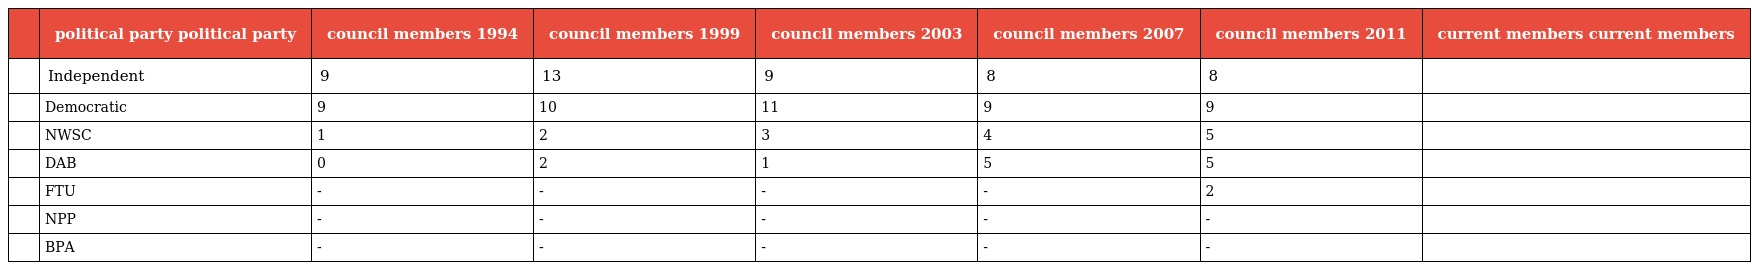
|  | political party political party | council members 1994 | council members 1999 | council members 2003 | council members 2007 | council members 2011 | current members current members |
 | --- | --- | --- | --- | --- | --- | --- | --- |
 |  | Independent | 9 | 13 | 9 | 8 | 8 |  |
 |  | Democratic | 9 | 10 | 11 | 9 | 9 |  |
 |  | NWSC | 1 | 2 | 3 | 4 | 5 |  |
 |  | DAB | 0 | 2 | 1 | 5 | 5 |  |
 |  | FTU | - | - | - | - | 2 |  |
 |  | NPP | - | - | - | - | - |  |
 |  | BPA | - | - | - | - | - |  |